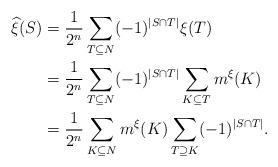
LaTeX: \begin{align*}\widehat{\xi}(S) &= \frac{1}{2^n}\sum_{T\subseteq N}(-1)^{|S\cap T|}\xi(T)\\& = \frac{1}{2^n}\sum_{T\subseteq N}(-1)^{|S\cap T|}\sum_{K\subseteq T}m^\xi(K) \\ & = \frac{1}{2^n}\sum_{K\subseteq N}m^\xi(K)\sum_{T\supseteq K}(-1)^{|S\cap T|}. \end{align*}